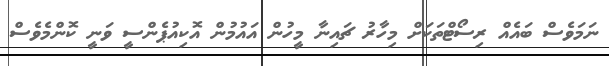
ނަމަވެސް ބައެއް ރިސޯޓްތަކަށް މިހާރު ޗައިނާ މީހުން އައުމުން އޮކިއުޕެންސީ ވަނީ ކޮންމެވެސް